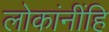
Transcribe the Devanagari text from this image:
लोकांनींहि